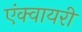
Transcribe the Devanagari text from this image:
एंक्वायरी